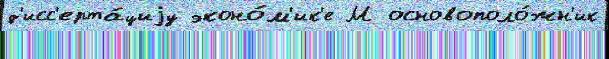
д'исс'ерта́циjу эконо́м'ик'е М основополо́жн'ик